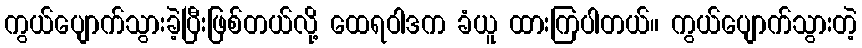
ကွယ်ပျောက်သွားခဲ့ပြီးဖြစ်တယ်လို့ ထေရဝါဒက ခံယူ ထားကြပါတယ်။ ကွယ်ပျောက်သွားတဲ့